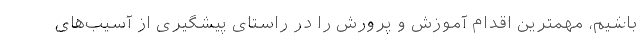
باشیم، مهمترین اقدام آموزش و پرورش را در راستای پیشگیری از آسیب‌های